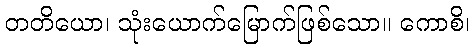
တတိယော၊ သုံးယောက်မြောက်ဖြစ်သော။ ကောစိ၊